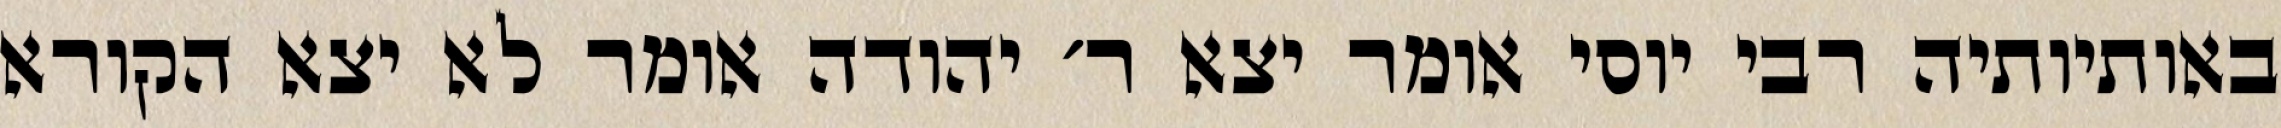
באותיותיה רבי יוסי אומר יצא ר׳ יהודה אומר לא יצא הקורא